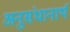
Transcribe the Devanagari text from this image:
अनुसंधानार्थ